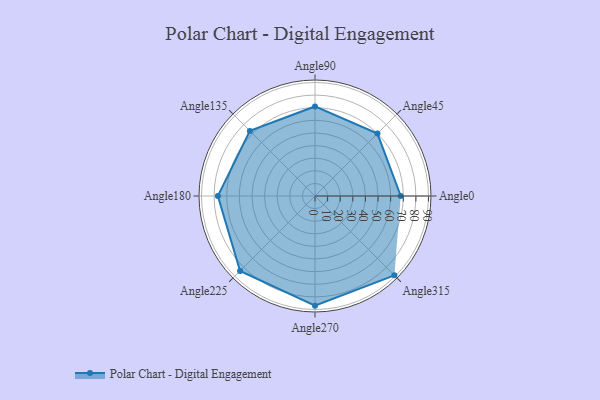
{"axis": {"x": "Angle", "y": "Radius"}, "legend": [""], "data": [{"x": "Angle0", "y": 68.0, "type": ""}, {"x": "Angle45", "y": 70.0, "type": ""}, {"x": "Angle90", "y": 71.0, "type": ""}, {"x": "Angle135", "y": 73.0, "type": ""}, {"x": "Angle180", "y": 77.0, "type": ""}, {"x": "Angle225", "y": 84.0, "type": ""}, {"x": "Angle270", "y": 87.0, "type": ""}, {"x": "Angle315", "y": 89.0, "type": ""}]}